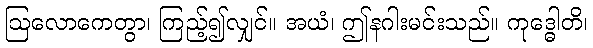
ဩလောကေတွာ၊ ကြည့်၍လျှင်။ အယံ၊ ဤနဂါးမင်းသည်။ ကုဒ္ဓေါတိ၊